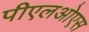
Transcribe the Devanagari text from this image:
पीएलओएस